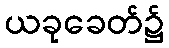
ယခုခေတ်၌